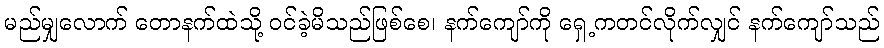
မည်မျှလောက် တောနက်ထဲသို့ ဝင်ခဲ့မိသည်ဖြစ်စေ၊ နက်ကျော်ကို ရှေ့ကတင်လိုက်လျှင် နက်ကျော်သည်